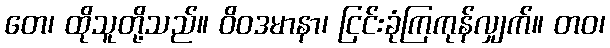
တေ၊ ထိုသူတို့သည်။ ဝိဝဒမာနာ၊ ငြင်းခုံကြကုန်လျှက်။ တဝ၊